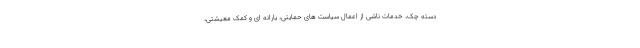
دسته چک، خدمات ناشی از اعمال سیاست های حمایتی، یارانه ای و کمک معیشتی،